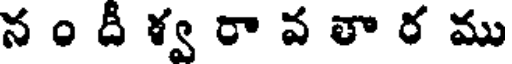
న ం దీ ళ్వ రా వ తా ర ము